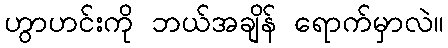
ဟွာဟင်းကို ဘယ်အချိန် ရောက်မှာလဲ။